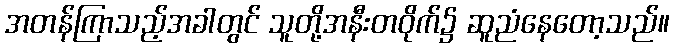
အတန်ကြာသည့်အခါတွင် သူတို့အနီးတဝိုက်၌ ဆူညံနေတော့သည်။